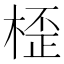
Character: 𣖍